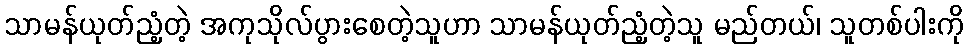
သာမန်ယုတ်ညံ့တဲ့ အကုသိုလ်ပွားစေတဲ့သူဟာ သာမန်ယုတ်ညံ့တဲ့သူ မည်တယ်၊ သူတစ်ပါးကို